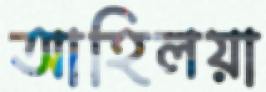
আহিলয়া